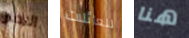
الاطار للعائلات هنا